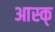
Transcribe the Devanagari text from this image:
आस्क्